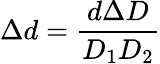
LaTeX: \Delta d=\frac{d\Delta D}{D_{1}D_{2}}